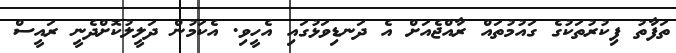
ތަފާތު ފިކުރުތަކުގެ ގައުމުތައް ރާއްޖެއަށް އެ ދަނޑިވަޅުގައި އެހީވި. އެކަމުން ދަލީލުކޮށްދެނީ ރައީސް